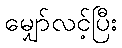
မျှော်လင့်ပြီး